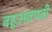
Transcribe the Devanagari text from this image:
बहुअवयवी